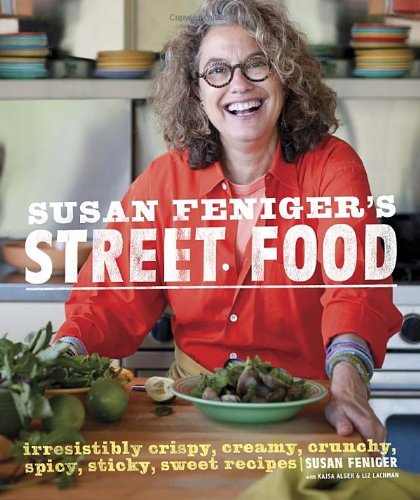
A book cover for Susan Feniger's Street Food: Irresistibly Crispy, Creamy, Crunchy, Spicy, Sticky, Sweet Recipes; Susan Feniger; Cookbooks, Food & Wine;